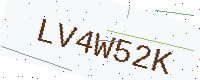
Text: LV4W52K